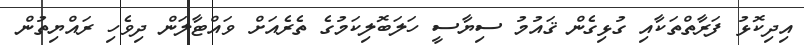
އިދިކޮޅު ފަރާތްތަކާއި ގުޅިގެން ޤައުމު ސިޔާސީ ހަލަބޮލިކަމުގެ ތެރެއަށް ވައްޓާލަން ދިވެހި ރައްޔިތުން